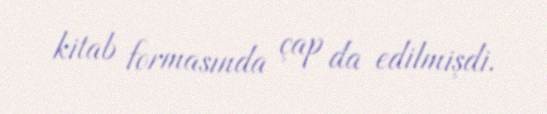
kitab formasında çap da edilmişdi.